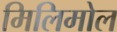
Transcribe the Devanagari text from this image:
मिलिमोल